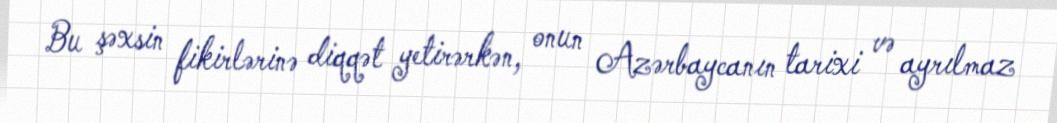
Bu şəxsin fikirlərinə diqqət yetirərkən, onun Azərbaycanın tarixi və ayrılmaz